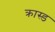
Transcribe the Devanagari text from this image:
क्रास्ड